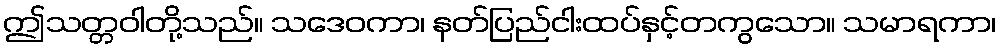
ဤသတ္တဝါတို့သည်။ သဒေဝကာ၊ နတ်ပြည်ငါးထပ်နှင့်တကွသော။ သမာရကာ၊